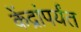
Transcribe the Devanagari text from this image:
केंद्रांपर्यंत